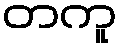
တကူ